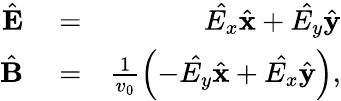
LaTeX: \begin{array}{rlr}{\hat{{\mathbf E}}}&{{}=}&{\hat{E_{x}}\hat{\mathbf x}+\hat{E_{y}}\hat{\mathbf y}}\\ {\hat{{\mathbf B}}}&{{}=}&{\frac{1}{v_{0}}\left(-\hat{E_{y}}\hat{\mathbf x}+\hat{E_{x}}\hat{\mathbf y}\right),}\end{array}